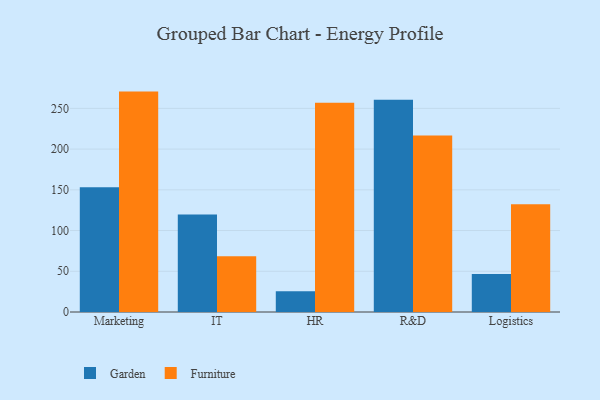
{"axis": {"x": "Department", "y": "Production Output"}, "legend": ["Furniture", "Garden"], "data": [{"x": "Marketing", "y": 153.2, "type": "Garden"}, {"x": "Marketing", "y": 270.6, "type": "Furniture"}, {"x": "IT", "y": 119.7, "type": "Garden"}, {"x": "IT", "y": 68.4, "type": "Furniture"}, {"x": "HR", "y": 25.6, "type": "Garden"}, {"x": "HR", "y": 256.8, "type": "Furniture"}, {"x": "R&D", "y": 260.6, "type": "Garden"}, {"x": "R&D", "y": 216.6, "type": "Furniture"}, {"x": "Logistics", "y": 46.8, "type": "Garden"}, {"x": "Logistics", "y": 132.3, "type": "Furniture"}]}